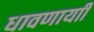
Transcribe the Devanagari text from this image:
धावणार्याी